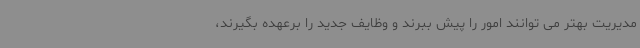
مدیریت بهتر می توانند امور را پیش ببرند و وظایف جدید را برعهده بگیرند،